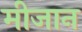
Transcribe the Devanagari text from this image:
मीजान